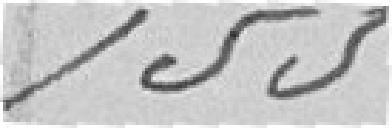
155